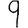
Digit: 9